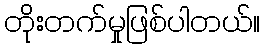
တိုးတက်မှုဖြစ်ပါတယ်။